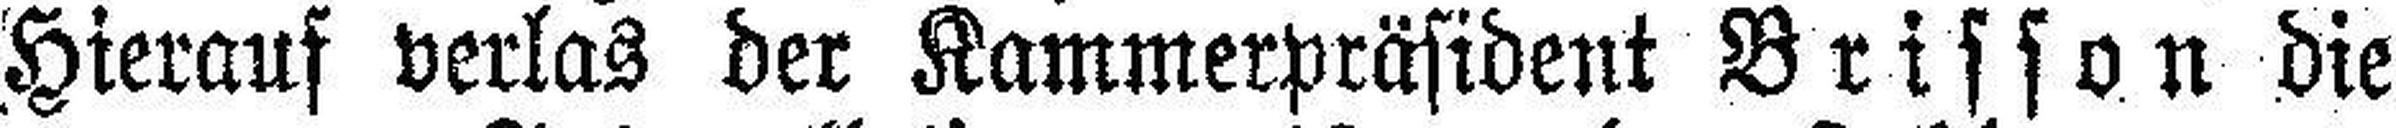
Hierauf verlas der Kammerpräsident Brisson die